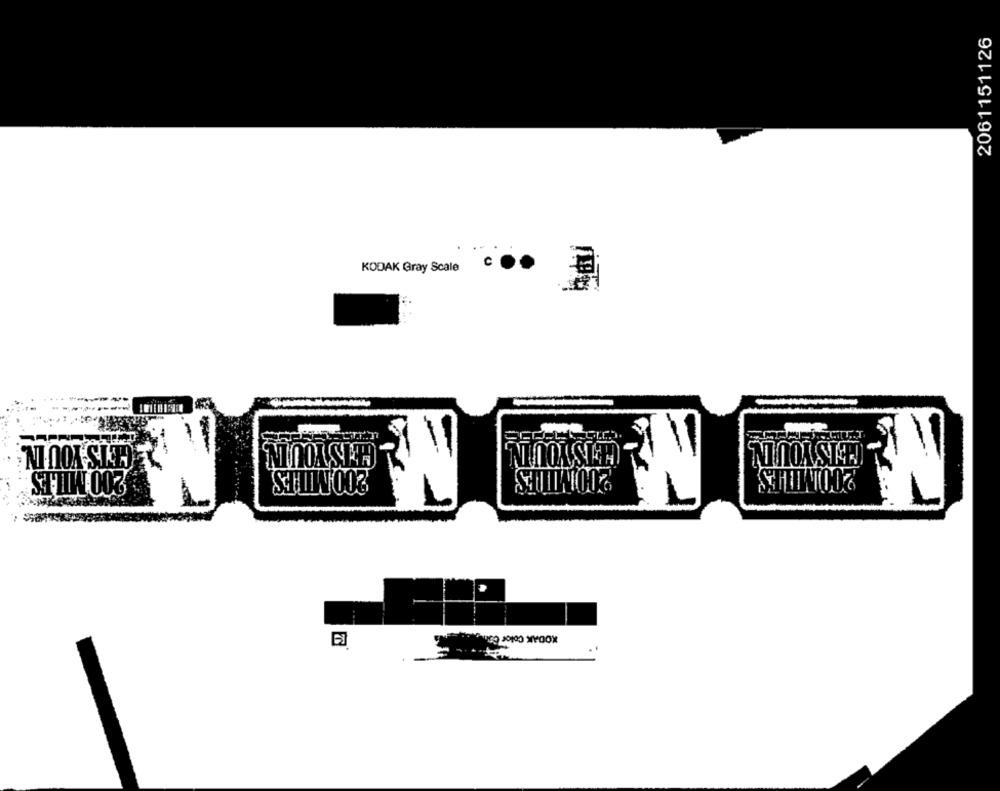
2061151126
KODAK Gray Scale
C
CHIS YOU IN
GETS YOU I.
200 MILES
200 MILES
200MILES
200MILES
KODAK Color Com